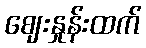
ဈေးနှုန်းထက်